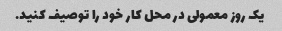
یک روز معمولی در محل کار خود را توصیف کنید.